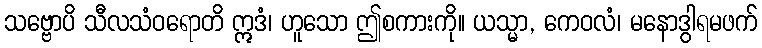
သဗ္ဗောပိ သီလသံဝရောတိ ဣဒံ၊ ဟူသော ဤစကားကို။ ယသ္မာ, ကေဝလံ၊ မနောဒွါရမဖက်